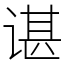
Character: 谌